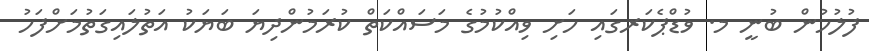
ފުލުހުން ބުނީ މ. ވުޑްޕެކަރގައި ހަށި ވިއްކުމުގެ މަސައްކަތް ކުރަމުންދިޔަ ބަޔަކު އަތުލައިގަތުމަށްފަހު